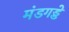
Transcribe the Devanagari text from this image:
मंडगड्डे